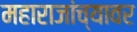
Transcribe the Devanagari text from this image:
महाराजांच्यावर